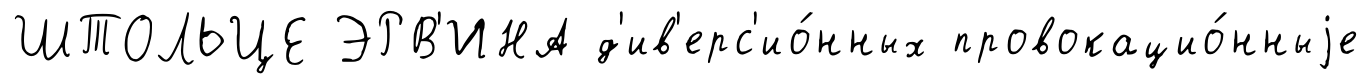
ШТОЛЬЦЕ ЭРВ'ИНА д'ив'ерс'ио́нных провокацио́нныjе